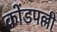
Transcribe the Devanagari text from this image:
कोंडपल्ली